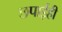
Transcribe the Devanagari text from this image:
छपाईही